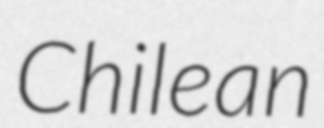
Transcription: Chilean